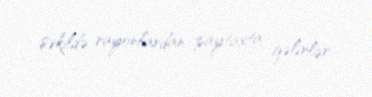
şəkildə rayonlardan paytaxta gəlirlər.